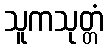
သူကသုတ္တံ